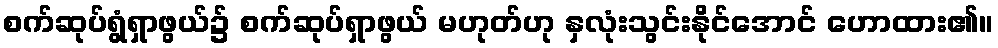
စက်ဆုပ်ရွံရှာဖွယ်၌ စက်ဆုပ်ရှာဖွယ် မဟုတ်ဟု နှလုံးသွင်းနိုင်အောင် ဟောထား၏။